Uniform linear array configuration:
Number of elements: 12
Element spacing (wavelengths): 1
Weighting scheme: hamming
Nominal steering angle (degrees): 45
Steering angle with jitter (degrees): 46.574
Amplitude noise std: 0.05
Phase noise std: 0.05

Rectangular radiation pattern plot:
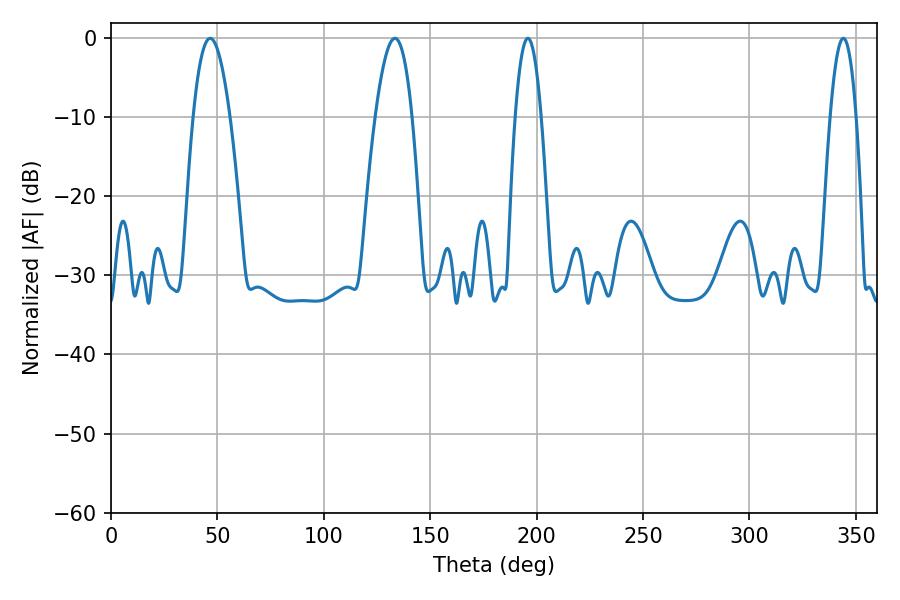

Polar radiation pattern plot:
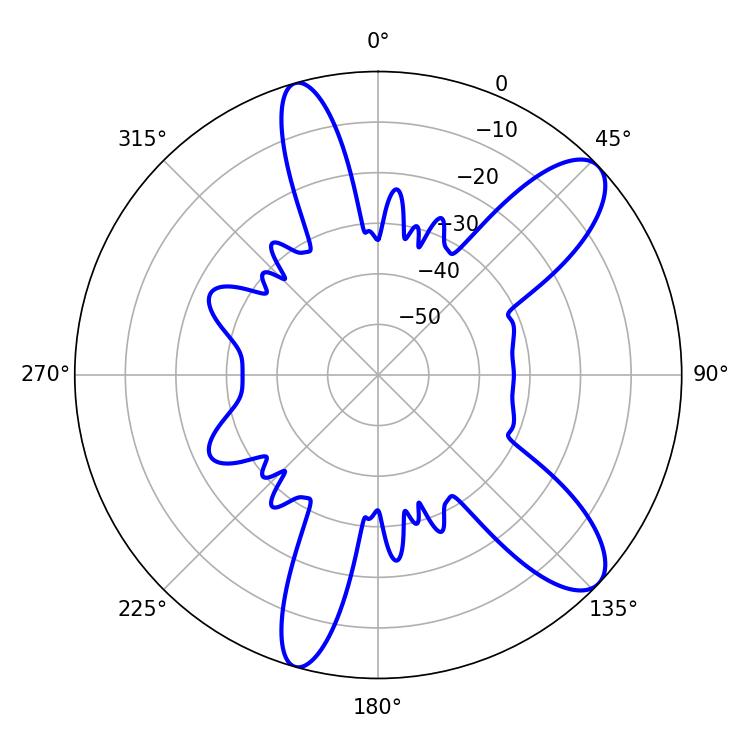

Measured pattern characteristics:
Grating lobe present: TRUE
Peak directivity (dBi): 10.245
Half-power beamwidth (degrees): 9.36
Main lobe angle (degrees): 46.62